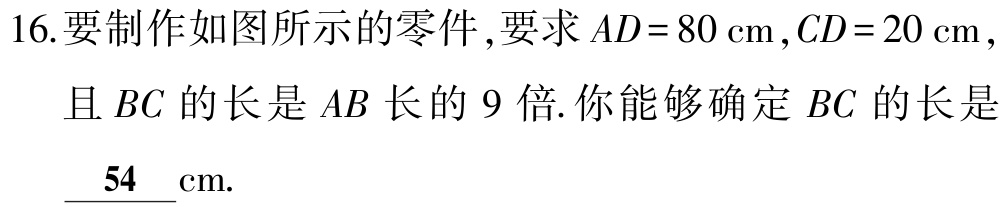
16.要制作如图所示的零件,要求\(AD = 80\mathrm{cm}\),\(CD = 20\mathrm{cm}\),且\(BC\)的长是\(AB\)长的\(9\)倍.你能够确定\(BC\)的长是 \underline{ 54 }\(\mathrm{cm}\).